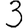
Digit: 3